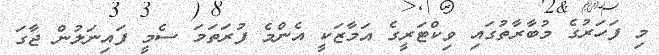
މި ފަހަރުގެ މުބާރާތުގައި ވިކްޓަރީގެ އަމާޒަކީ އެންމެ ފުރަތަމަ ސެމީ ފައިނަލުން ޖާގަ